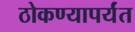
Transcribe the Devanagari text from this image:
ठोकण्यापर्यंत